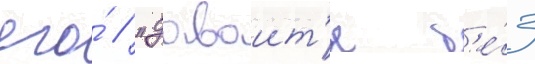
его́ // "даваит'е б'е́з